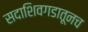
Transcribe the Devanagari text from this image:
सदाशिवगडातूनच